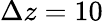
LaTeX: \Delta z=10